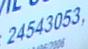
24543053